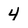
Character: 4